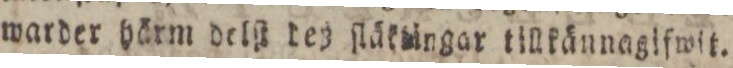
warder härm delſt deß ſläklingar tillkännagifwit.